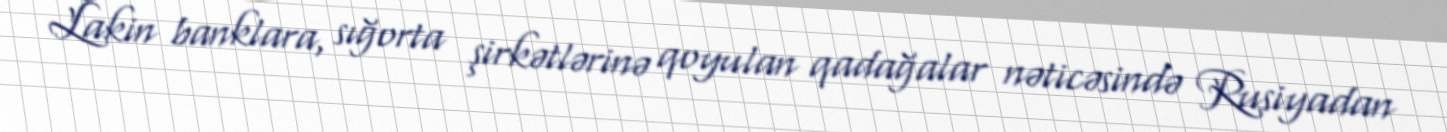
Lakin banklara, sığorta şirkətlərinə qoyulan qadağalar nəticəsində Rusiyadan